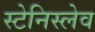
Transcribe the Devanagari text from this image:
स्टेनिस्लेव